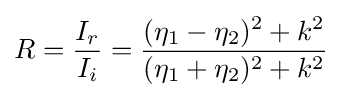
R={\frac {I_{r}}{I_{i}}}={\frac {(\eta _{1}-\eta _{2})^{2}+k^{2}}{(\eta _{1}+\eta _{2})^{2}+k^{2}}}